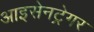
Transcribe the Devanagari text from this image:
आइसेनट्रेगर